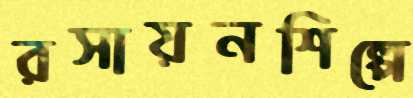
রসায়নশিল্পে